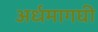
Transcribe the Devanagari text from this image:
अर्धमागघी